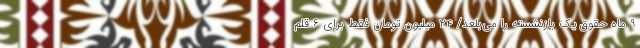
۹ ماه حقوقِ یک بازنشسته را می‌بلعد/ ۲۴ میلیون تومان فقط برای ۶ قلم